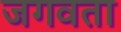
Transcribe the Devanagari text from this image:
जगवता